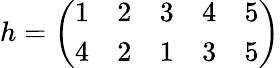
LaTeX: h={\left(\begin{array}{lllll}{1}&{2}&{3}&{4}&{5}\\ {4}&{2}&{1}&{3}&{5}\end{array}\right)}